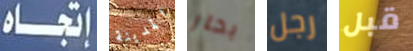
إتجاه المدينة بحار رجل قبل